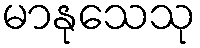
မာနုသေသု